Indian journal of veterinary science and animal husbandry - Volume 7,
Year: 1937
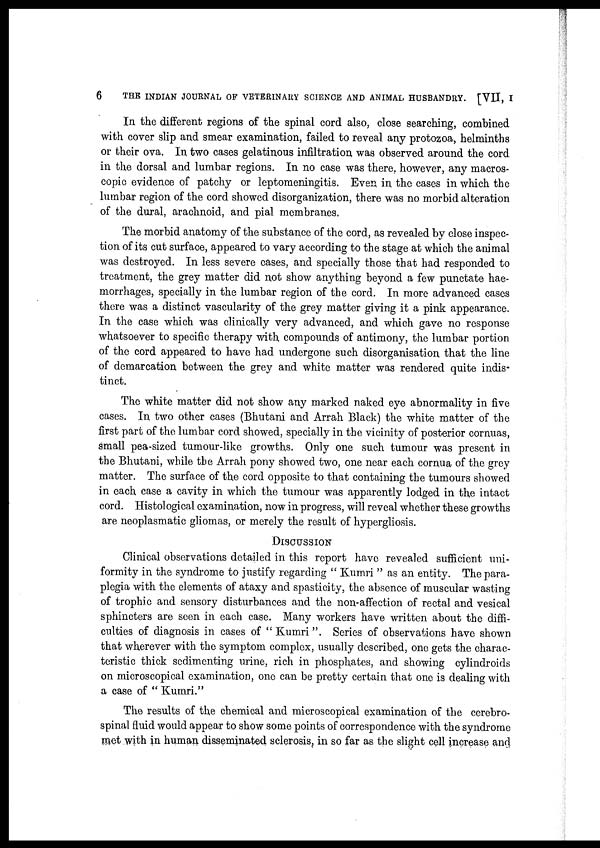
6
THE INDIAN JOURNAL OF VETERINARY SCIENCE AND ANIMAL HUSBANDRY. [VII, I
In the different regions of the spinal cord also, close searching, combined
with cover slip and smear examination, failed to reveal any protozoa, helminths
or their ova. In two cases gelatinous infiltration was observed around the cord
in the dorsal and lumbar regions. In no case was there however, any macros-
copic evidence of patchy or leptomeningitis. Even in the cases in which the
lumbar region of the cord showed disorganization, there was no morbid alteration
of the dural, arachnoid, and pial membranes.
The morbid anatomy of the substance of the cord, as revealed by close inspec-
tion of its cut surface, appeared to vary according to the stage at which the animal
was destroyed. In less severe cases, and specially those that had responded to
treatment, the grey matter did not show anything beyond a few punctate hae-
morrhages, specially in the lumbar region of the cord. In more advanced cases
there was a distinct vascularity of the grey matter giving it a pink appearance.
In the case which was clinically very advanced, and which gave no response
whatsoever to specific therapy with compounds of antimony, the lumbar portion
of the cord appeared to have had undergone such disorganisation that the line
of demarcation between the grey and white matter was rendered quite indis-
tinct.
The white matter did not show any marked naked eye abnormality in five
cases. In two other cases (Bhutani and Arrah Black) the white matter of the
first part of the lumbar cord showed, specially in the vicinity of posterior cornuas,
small pea-sized tumour-like growths. Only one such tumour was present in
the Bhutani, while the Arrah pony showed two, one near each cornua of the grey
matter. The surface of the cord opposite to that containing the tumours showed
in each case a cavity in which the tumour was apparently lodged in the intact
cord. Histological examination, now in progress, will reveal whether these growths
are neoplasmatic gliomas, or merely the result of hypergliosis.
DISCUSSION
Clinical observations detailed in this report have revealed sufficient uni-
formity in the syndrome to justify regarding " Kumri " as an entity. The para-
plegia with the elements of ataxy and spasticity, the absence of muscular wasting
of trophic and sensory disturbances and the non-affection of rectal and vesical
sphincters are seen in each case. Many workers have written about the diffi-
culties of diagnosis in cases of " Kumri". Series of observations have shown
that wherever with the symptom complex, usually described, one gets the charac-
teristic thick sedimenting urine, rich in phosphates, and showing cylindroids
on microscopical examination, one can be pretty certain that one is dealing with
a case of " Kumri."
The results of the chemical and microscopical examination of the cerebro-
spinal fluid would appear to show some points of correspondence with the syndrome
met with in human disseminated sclerosis, in so far as the slight cell increase and